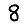
Digit: 8